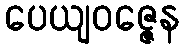
ပေယျဝဇ္ဇေန